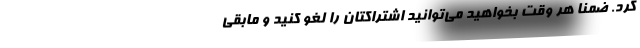
کرد. ضمناً هر وقت بخواهید می‌توانید اشتراکتان را لغو کنید و مابقی